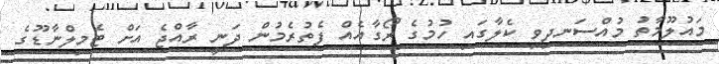
މައުލޫމާތު މުއްސަނދިވި ކެލާގައި ހުމުގެ ރޯގާއެއް ފެތުރެމުން ދަނީ ރާއްޖެ އަށް ޓެމިލްނާޑޫގެ